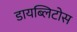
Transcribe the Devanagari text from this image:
डायब्लिटोस